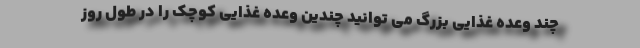
چند وعده غذایی بزرگ می توانید چندین وعده غذایی کوچک را در طول روز